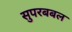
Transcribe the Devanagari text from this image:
सुपरबबल